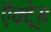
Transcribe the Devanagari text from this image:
ऍक्ट्रेस